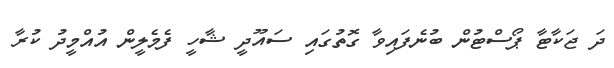
ދަ ޖަކާޓާ ޕޯސްޓުން ބުނެފައިވާ ގޮތުގައި ސައޫދީ ޝާހީ ފެމެލީން އުއްމީދު ކުރާ